Report on sanitation, dispensaries, and jails in Rajputana for 1910, and on vaccination for the year 1910-1911 - 1910-1911
Year: 1910
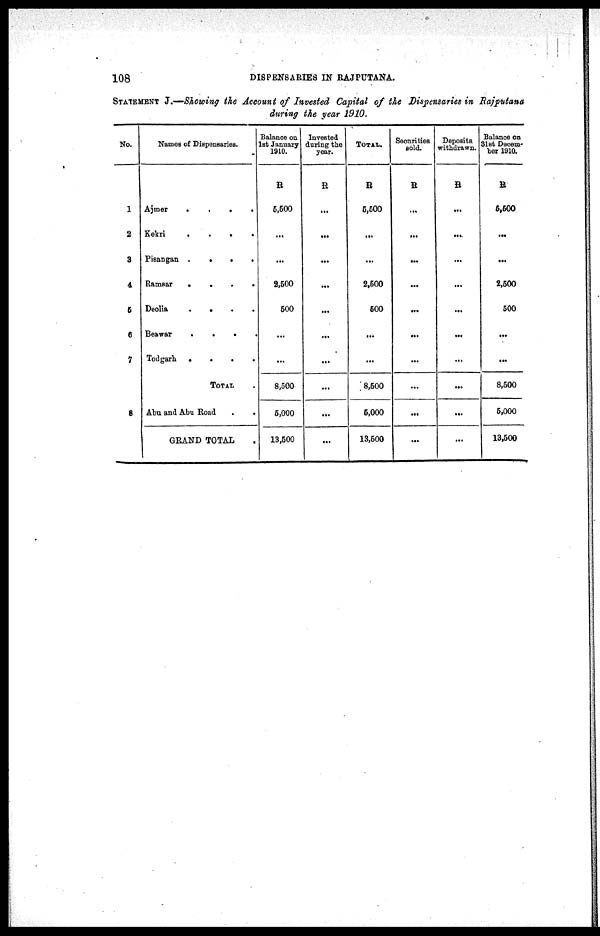
108
DISPENSARIES IN RAJPUTANA.
STATEMENT J.—Showing the Account of Invested Capital of the Dispensaries in Rajputana
during the year 1910.
No.
1
2
3
4
5
6
7
8
Names of Dispensaries.
Ajmer
.
.
.
.
Kekri
.
.
.
.
Pisangan .
.
.
.
Ramsar
.
.
. .
Deolia
. . . .
Beawar
.
.
. .
Todgarh .
.
.
.
TOTAL .
Abu and Abu Road . .
GRAND TOTAL .
Balance on
1st January
1910.
R
5,500
...
...
2,500
500
...
...
8,500
5,000
13,500
Invested
during the
year.
R
...
...
...
...
...
...
...
...
...
...
TOTAL.
R
5,500
...
...
2,500
500
...
...
8,500
5,000
13,500
Securities
sold.
R
...
...
...
...
...
...
...
...
...
...
Deposits
withdrawn.
R
...
...
...
...
...
...
...
...
...
...
Balance on
31st Decem¬
ber 1910.
R
5,500
...
...
2,500
500
...
...
8,500
5,000
13,500